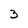
Character: 3